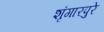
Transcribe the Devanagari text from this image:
शृंगारपुरे